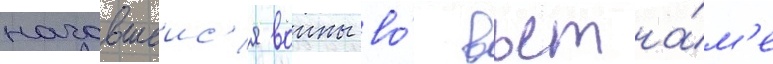
начавшеис'я воины во́ вьетна́м'е